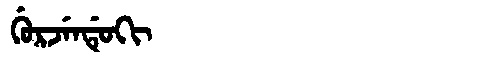
Manchu: ᡤᡠᡵᠵᡝᠨᡩᡠᡴᡳ
Romanization: GURJENDUKI